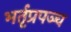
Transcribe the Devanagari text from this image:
भर्तृप्रपञ्च